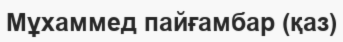
Мұхаммед пайғамбар (қаз)